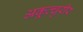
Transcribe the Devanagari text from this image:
अकूत्चुरीर